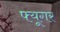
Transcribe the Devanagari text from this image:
फ्यूगर